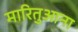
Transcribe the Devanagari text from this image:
मारितुआना